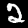
Label: 2